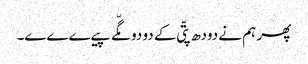
پھر ہم نے دودھ پتّی کے دو دو مگّے پیےےےے۔